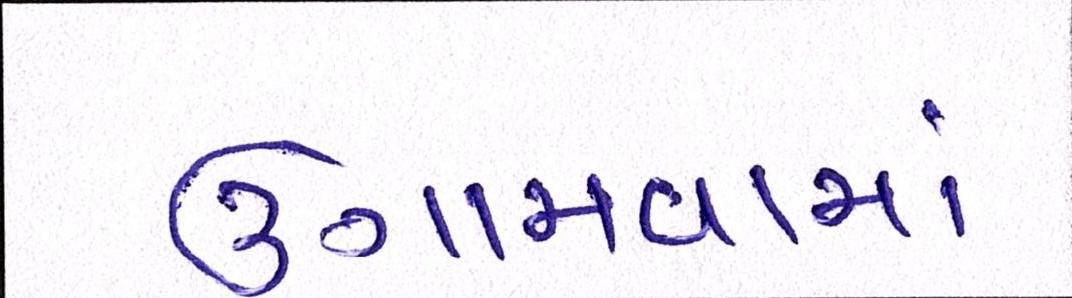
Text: ઉગામવામાં